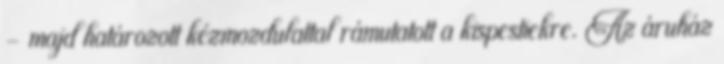
- majd határozott kézmozdulattal rámutatott a kispestiekre. Az áruház